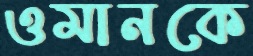
ওমানকে